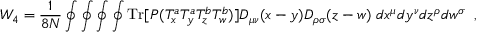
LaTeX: { \cal W } _ { 4 } = { \frac { 1 } { 8 N } } \oint \oint \oint \oint \mathrm { T r } [ { \cal P } ( T _ { x } ^ { a } T _ { y } ^ { a } T _ { z } ^ { b } T _ { w } ^ { b } ) ] D _ { \mu \nu } ( x - y ) D _ { \rho \sigma } ( z - w ) \; d x ^ { \mu } d y ^ { \nu } d z ^ { \rho } d w ^ { \sigma } \; \; ,